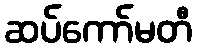
ဆပ်ကော်မတီ